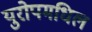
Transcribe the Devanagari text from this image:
युरोपमधिल